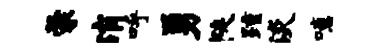
蒙消呼勇陡踵淡噫